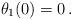
LaTeX: \begin{align*}\theta_1(0) =0\,.\end{align*}